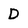
Character: D